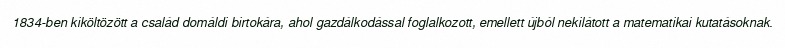
1834-ben kiköltözött a család domáldi birtokára, ahol gazdálkodással foglalkozott, emellett újból nekilátott a matematikai kutatásoknak.